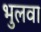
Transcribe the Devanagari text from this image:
भुलवा